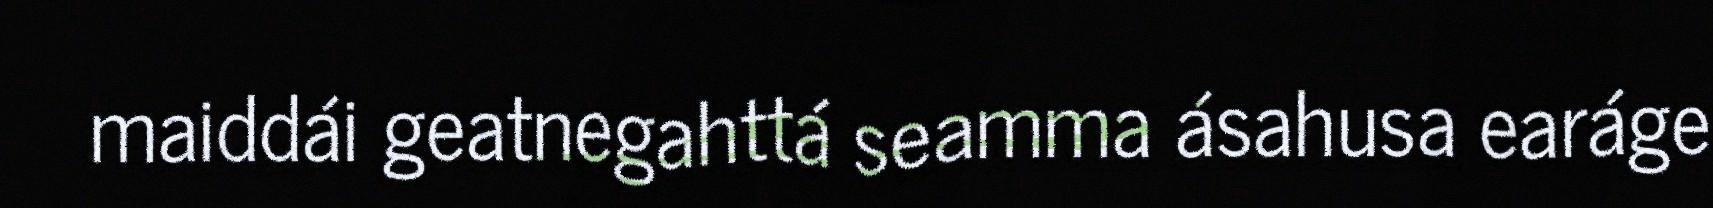
maiddái geatnegahttá seamma ásahusa earáge